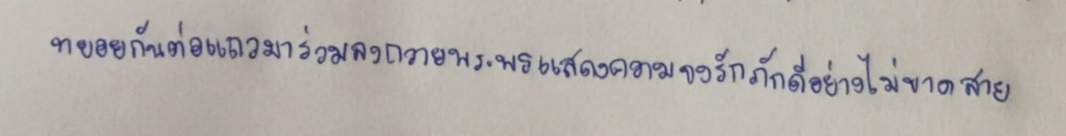
ทยอยกันต่อแถวมาร่วมลงถวายพระพรแสดงความจงรักภักดีอย่างไม่ขาดสาย